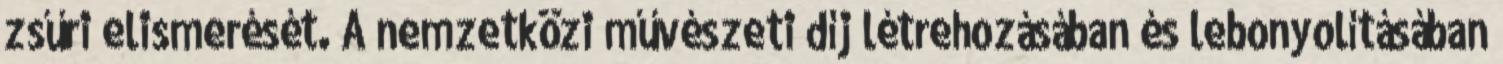
zsűri elismerését. A nemzetközi művészeti díj létrehozásában és lebonyolításában